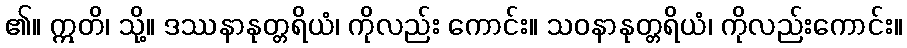
၏။ ဣတိ၊ သို့။ ဒဿနာနုတ္တရိယံ၊ ကိုလည်း ကောင်း။ သဝနာနုတ္တရိယံ၊ ကိုလည်းကောင်း။